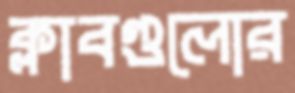
ক্লাবগুলোর